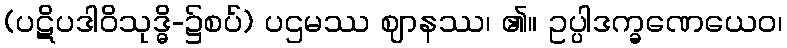
(ပဋိပဒါဝိသုဒ္ဓိ-၌စပ်) ပဌမဿ ဈာနဿ၊ ၏။ ဥပ္ပါဒက္ခဏေယေဝ၊